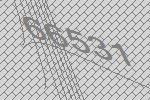
66531